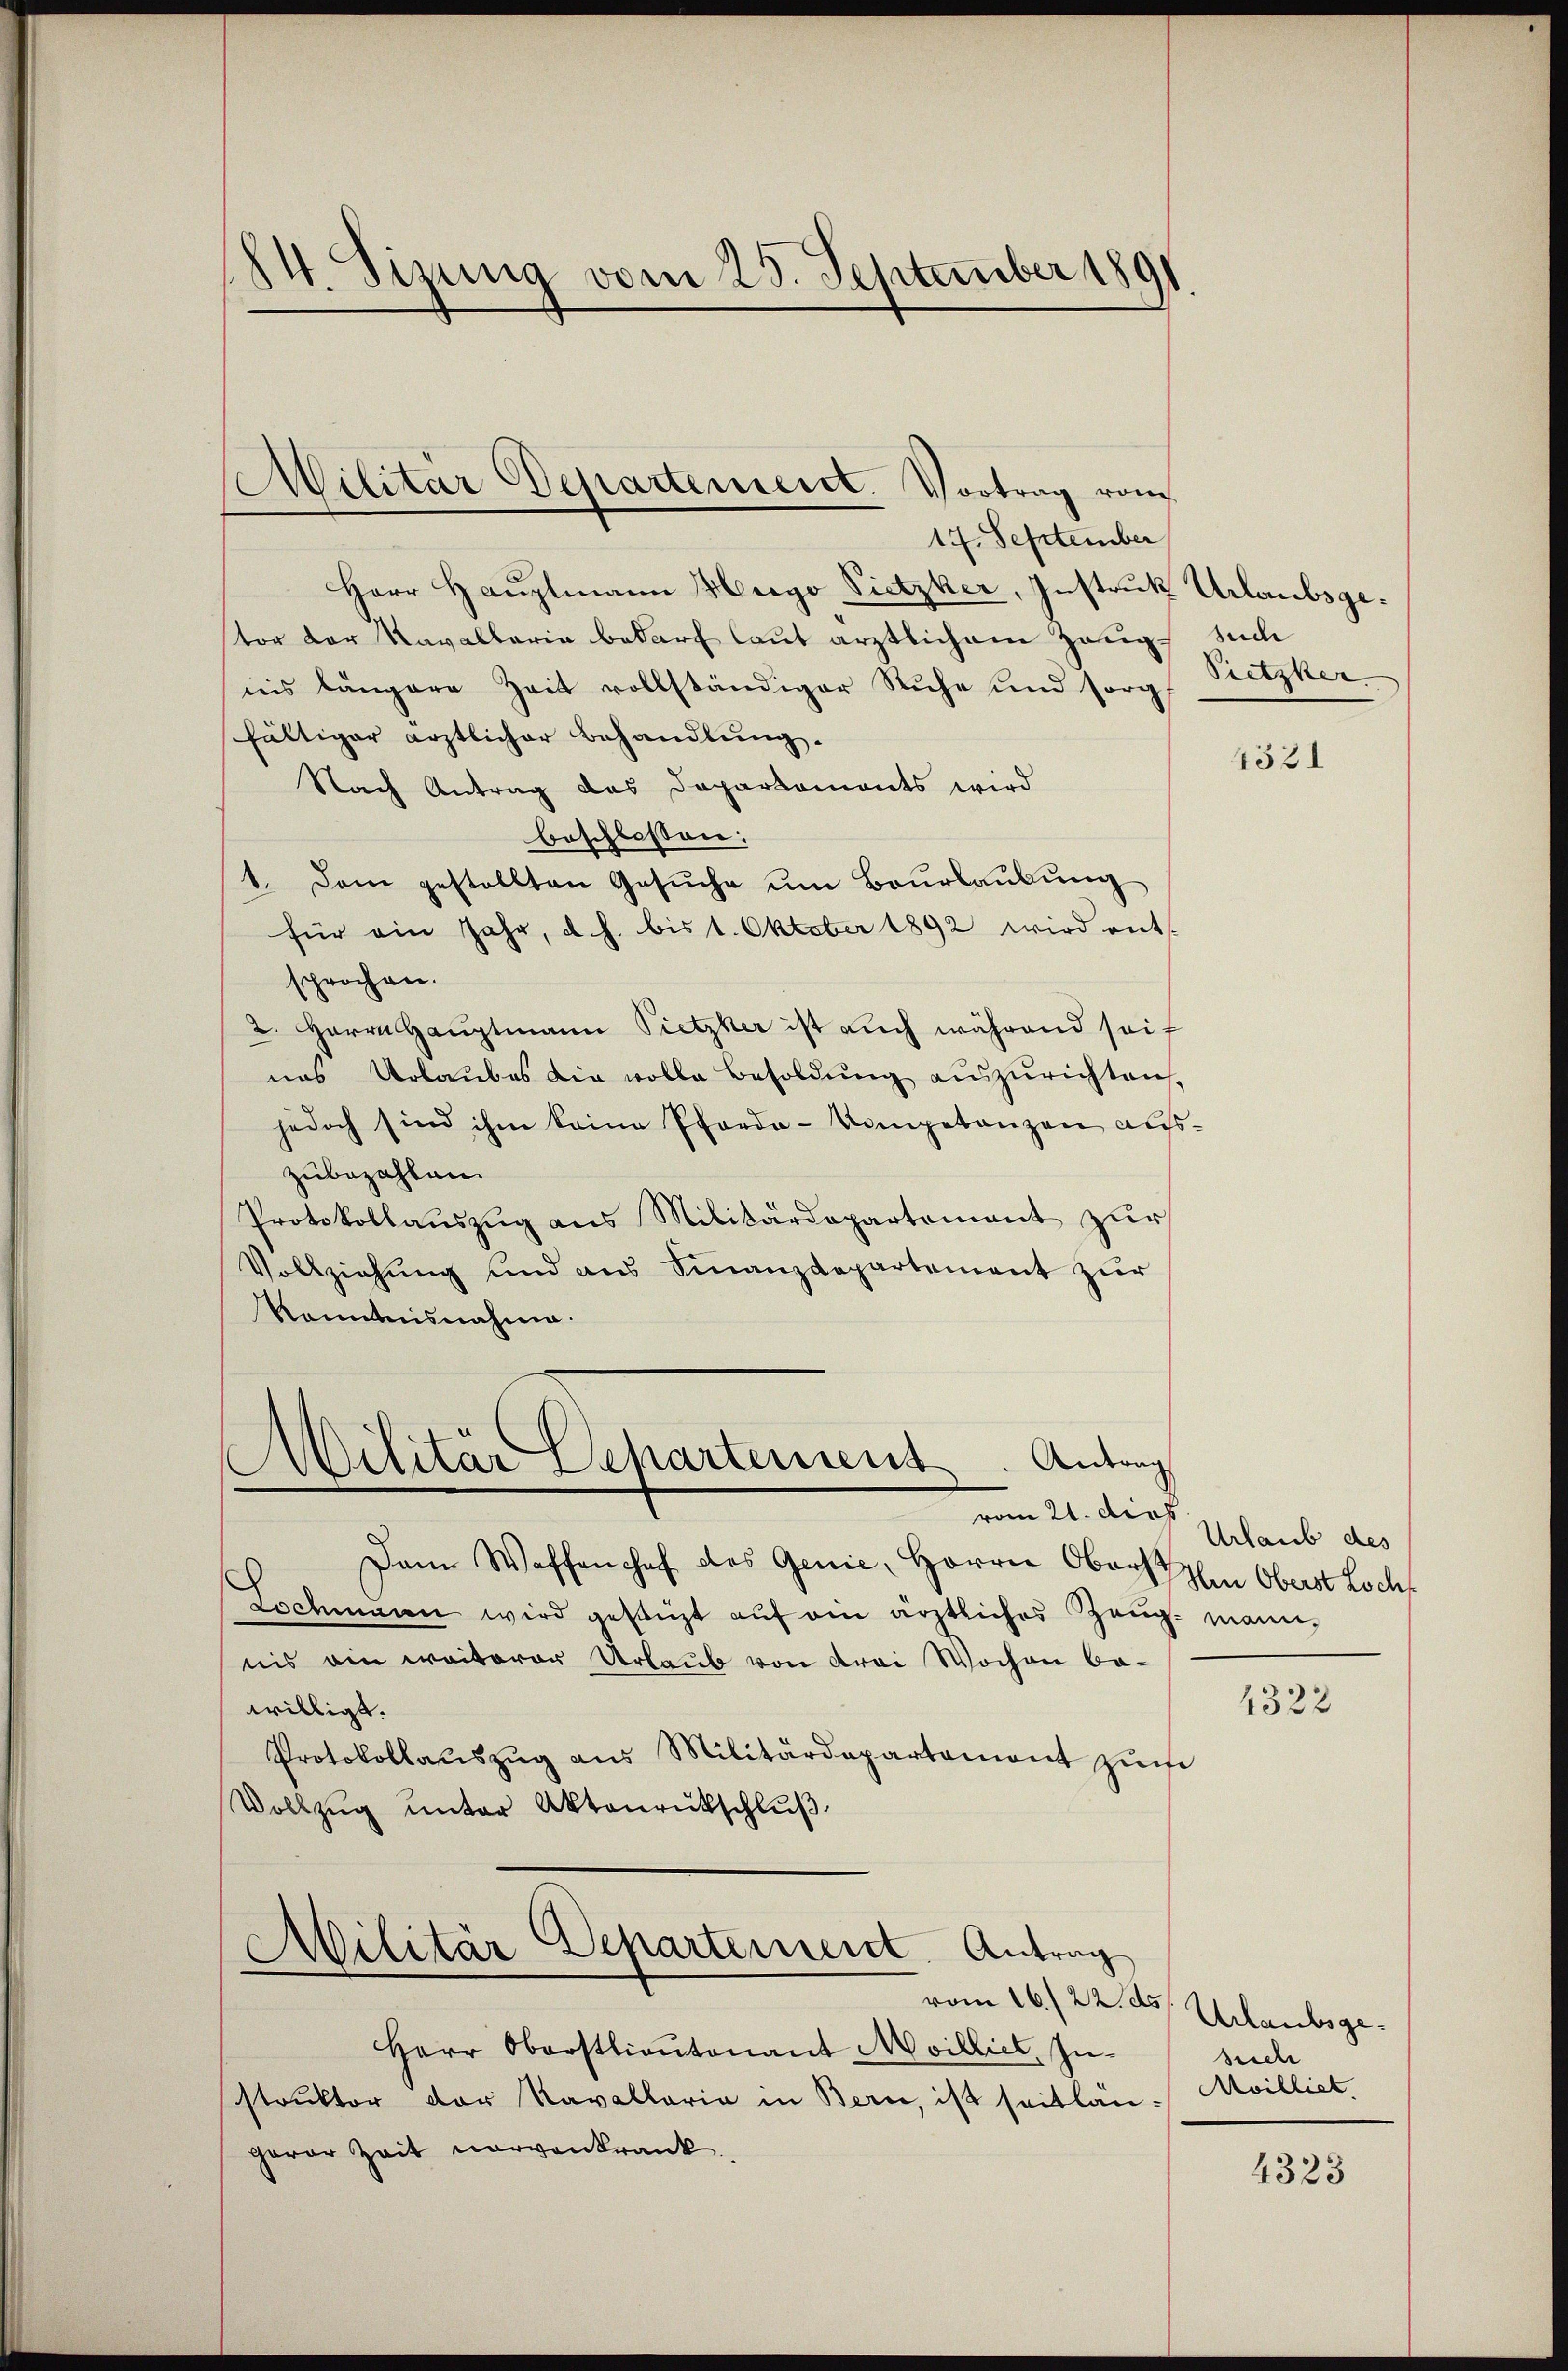
24. Sizung vom 25. September 1891.

Herr Hauptmann Hergo Pietzker, Instruk Urlaubsgetor der Kavallaria bedarf laut ärztlichem Zeug such
iis längere Zeit vollständiger Ruhe und sorg
fältiger ärztlicher Behandlung.
Nach Antrag das Daparkaments wird
beschlossen:
1. Dem gestellten Gesŭche um Baurlaubung
für ein Jahr, d. h. bis 1. Oktober 1892 wird ents
sprochen.
2. Herrn Hauptmann Pietzker ist auch während seif
nas Urlaubes die volle Besoldŭng auszurichten,
jedoch sind ihm keine Pforde-Competanzen auszubezahlen.
Protokollauszug aus Militärdepartement zur
Vollziehŭng und ans Finanzdepartement zŭr
Kenntnisnahme.

Militar Departement. Vortrag vom
17. September

Militär Departement. Antrag

s
Militär-Departement. Antrag

vom 21. dies
Dann Waffenhof des Genie, Herrn Obers in Oberst Loch
Lochmann wird gestüzt auf ein ärztliches Zeug- mann-
nis ein weiterer Urlaub von drei Wochen be-
willigt.
Protokollaŭszŭg aŭs Militärdepartemont zŭ
Vollzug unter Aktenrückschluß

Herr Oberstlieutenant Moilliet, Instruktor der Kavallaria in Bern, ist seitläu- Avilliet,
gerer Zeit vorvenkrank

Sietzher

4321

Urlaub des

1322

vom 16./22. ds. Urlaubsgesuch

4323